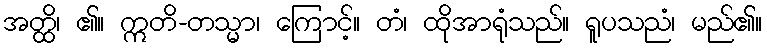
အတ္ထိ၊ ၏။ ဣတိ-တသ္မာ၊ ကြောင့်။ တံ၊ ထိုအာရုံသည်။ ရူပသညံ၊ မည်၏။